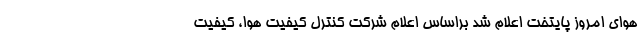
هوای امروز پایتخت اعلام شد براساس اعلام شرکت کنترل کیفیت هوا، کیفیت